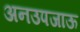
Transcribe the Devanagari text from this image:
अनउपजाऊ